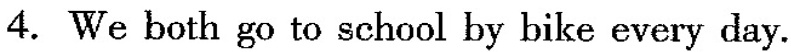
4.We both go to school by bike every day.